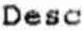
DESC